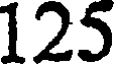
125